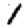
Digit: 1